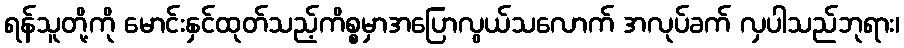
ရန်သူတို့ကို မောင်းနှင်ထုတ်သည့်ကိစ္စမှာအပြောလွယ်သလောက် အလုပ်ခက် လှပါသည်ဘုရား၊